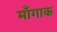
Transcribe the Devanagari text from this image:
माँगाक